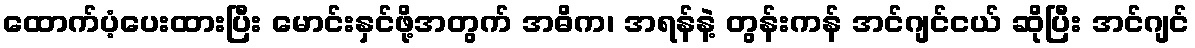
ထောက်ပံ့ပေးထားပြီး မောင်းနှင်ဖို့အတွက် အဓိက၊ အရန်နဲ့ တွန်းကန် အင်ဂျင်ငယ် ဆိုပြီး အင်ဂျင်